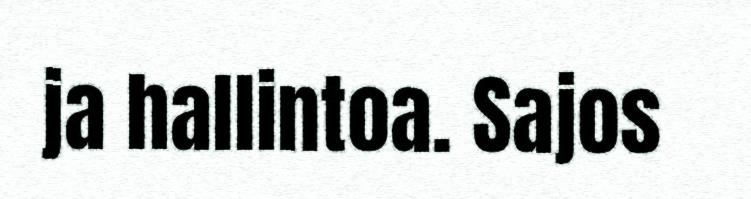
ja hallintoa. Sajos